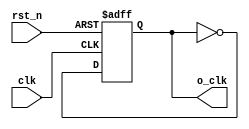
module div (
  input      clk,
  input      rst_n,
  output reg o_clk
);

always@(posedge clk or negedge rst_n) 
 begin
  if (!rst_n)
    o_clk <= 0;
  else
    o_clk <= ~o_clk;
 end
 endmodule